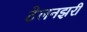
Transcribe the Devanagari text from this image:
टेलनझरी